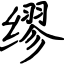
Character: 缪